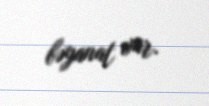
bəyanat var.